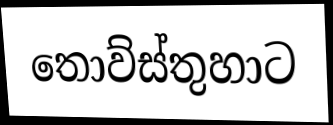
තොව්ස්තුහාට